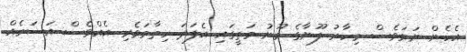
އެހެން ނަމަވެސް މިހާރު ލޫނާގެ މޫނު މަތީގައި އެފަދަ ހިތާމަވެރި އެއްވެސް އަސަރެއް